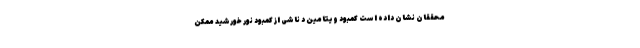
محققان نشان داده است کمبود ویتامین د ناشی از کمبود نور خورشید ممکن